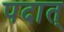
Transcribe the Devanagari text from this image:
पदात्